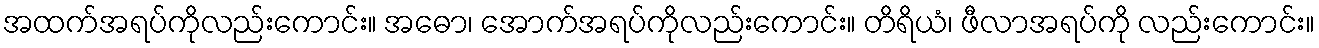
အထက်အရပ်ကိုလည်းကောင်း။ အဓော၊ အောက်အရပ်ကိုလည်းကောင်း။ တိရိယံ၊ ဖီလာအရပ်ကို လည်းကောင်း။